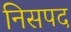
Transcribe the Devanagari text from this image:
निसपद